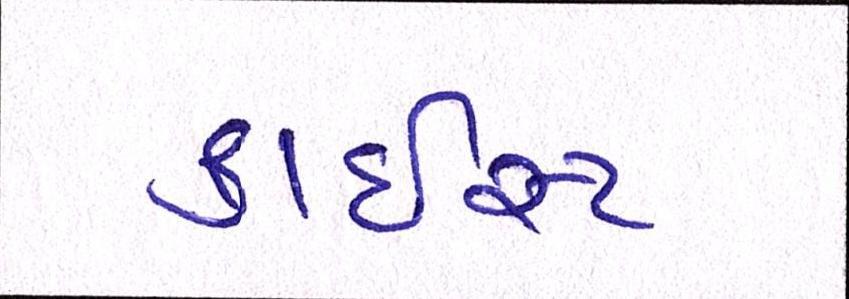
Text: ક્રાઇસ્ટ